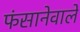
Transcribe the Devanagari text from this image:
फंसानेवाले